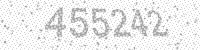
Solution: 455242